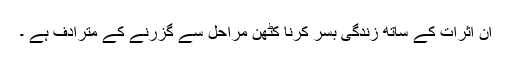
ان اثرات کے ساتھ زندگی بسر کرنا کٹھن مراحل سے گزرنے کے مترادف ہے ۔